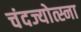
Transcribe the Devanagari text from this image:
चंदज्योत्स्ना